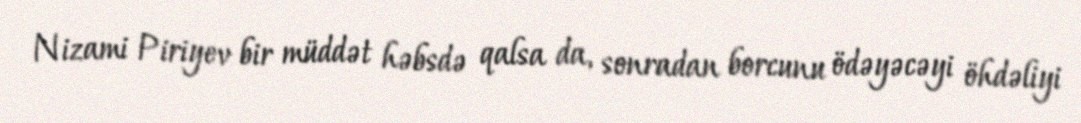
Nizami Piriyev bir müddət həbsdə qalsa da, sonradan borcunu ödəyəcəyi öhdəliyi